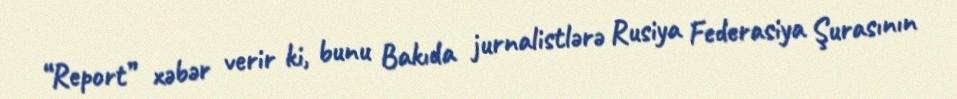
“Report” xəbər verir ki, bunu Bakıda jurnalistlərə Rusiya Federasiya Şurasının